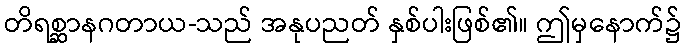
တိရစ္ဆာနဂတာယ-သည် အနုပညတ် နှစ်ပါးဖြစ်၏။ ဤမှနောက်၌